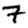
Digit: 7